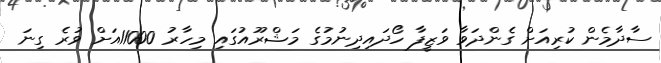
ސާދާމެން ކުރިއަށް ގެންދަވާ ވަޒީފާ ހޯދައިދިނުމުގެ މަޝްރޫއުގައި މިހާރު 11000އަށް ވުރެ ގިނަ